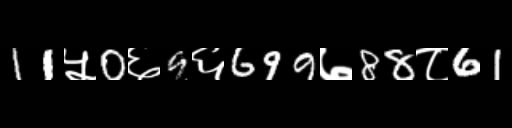
Text: 11५0६9६699७88८61